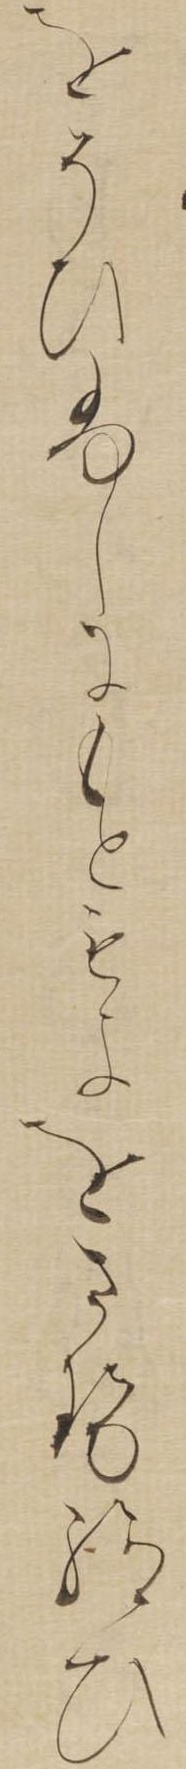
をそひふしにもともよほさせ給ひ